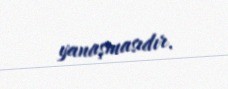
yanaşmasıdır.